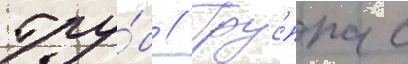
тру́б // Гру́ппа с